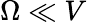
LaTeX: \Omega\ll V